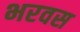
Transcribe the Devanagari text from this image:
भरवस